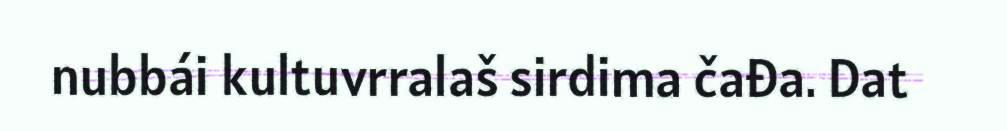
nubbái kultuvrralaš sirdima čađa. Dat